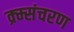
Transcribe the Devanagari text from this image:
क्र्म्संचरण